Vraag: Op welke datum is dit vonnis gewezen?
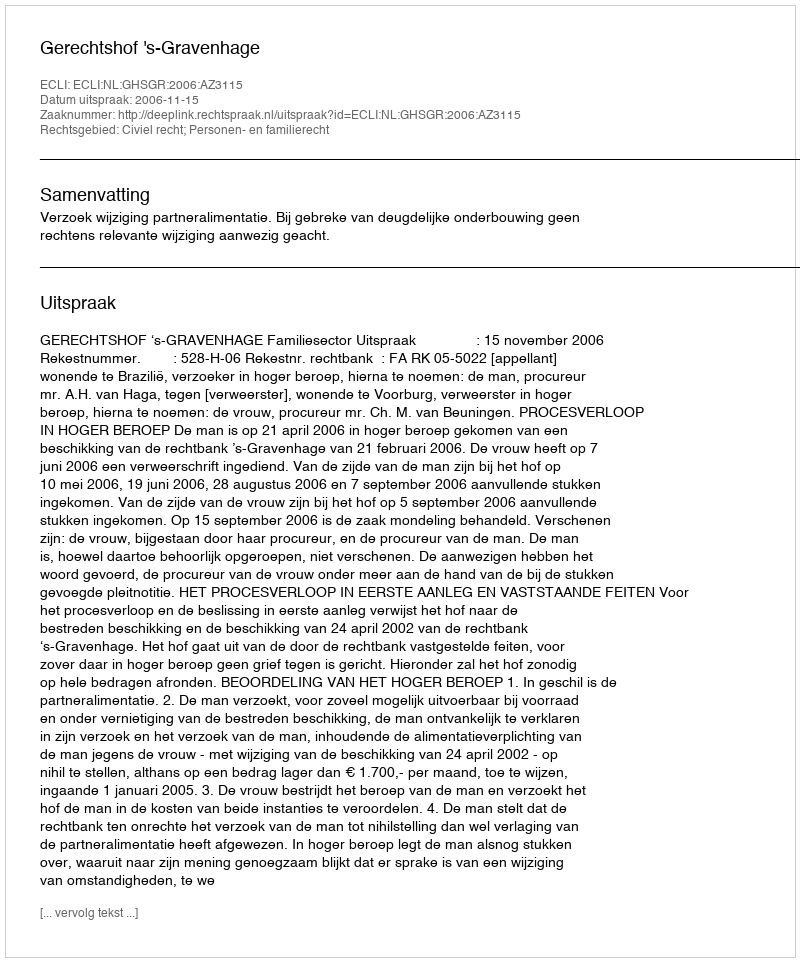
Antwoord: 2006-11-15